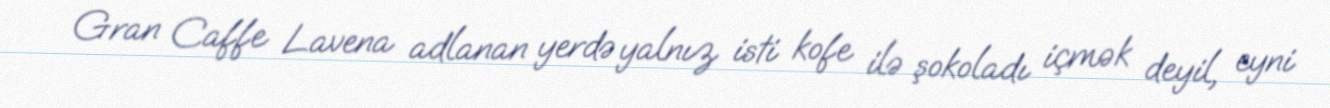
Gran Caffe Lavena adlanan yerdə yalnız isti kofe ilə şokoladı içmək deyil, eyni